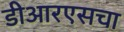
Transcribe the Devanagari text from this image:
डीआरएसचा